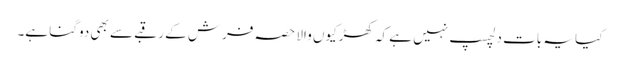
کیا یہ بات دلچسپ نہیں ہے کہ کھڑکیوں والا حصہ فرش کے رقبے سے بھی دوگنا ہے۔